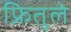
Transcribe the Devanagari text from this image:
फ्रितुले